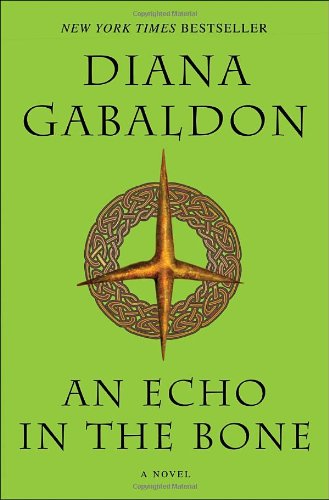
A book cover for An Echo in the Bone: A Novel (Outlander); Diana Gabaldon; Literature & Fiction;